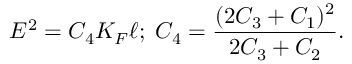
E ^ { 2 } = C _ { 4 } K _ { F } \ell ; \; C _ { 4 } = \frac { ( 2 C _ { 3 } + C _ { 1 } ) ^ { 2 } } { 2 C _ { 3 } + C _ { 2 } } .